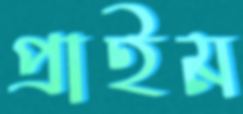
প্রাইম